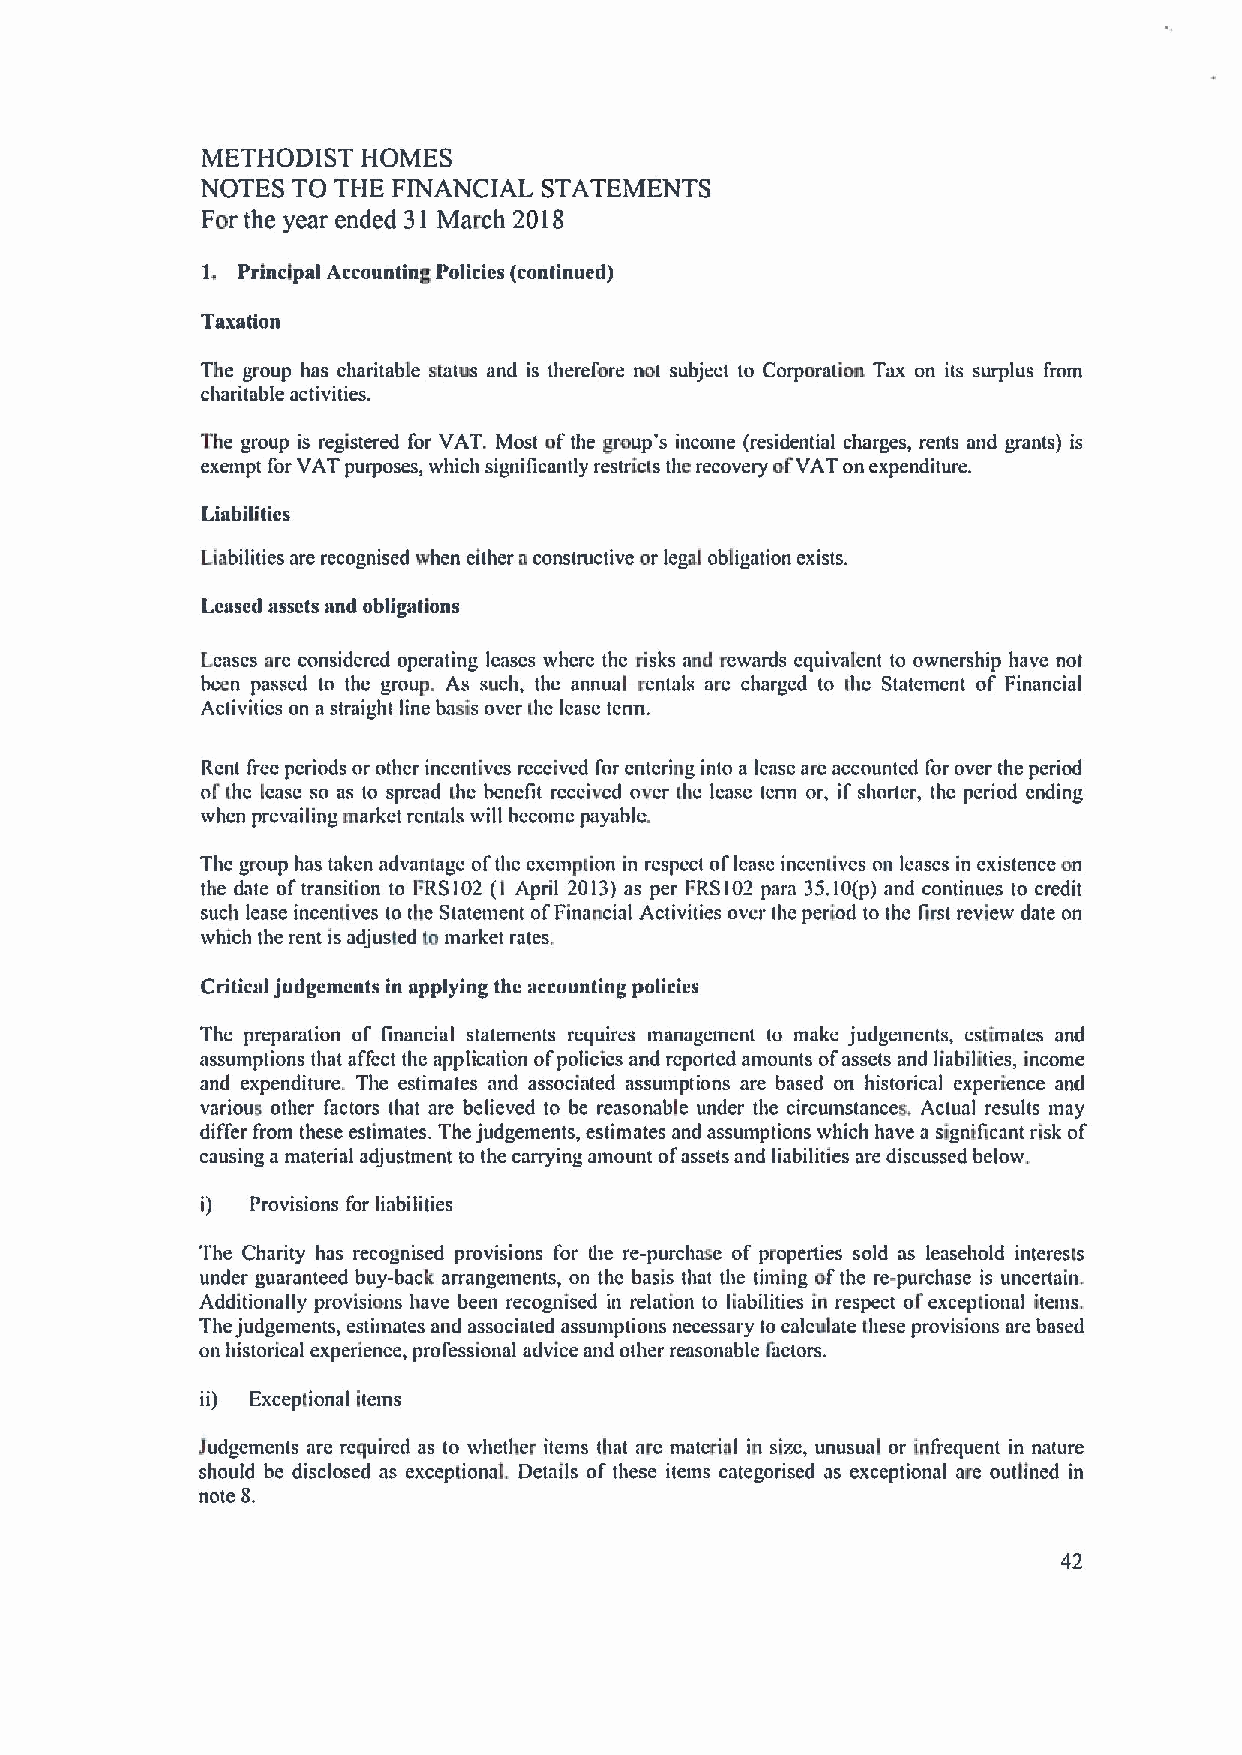
METHODIST  HOMES
 NOTES TO THE FINANCIAL STATEMENTS
 For the year ended 31 March 2018
 1. Principal Accounting Policies (continued)
 Taxation
 The group has charitable status and is therefore not subject to Corporation Tax on its surplus from
 charitable activities.
 The group is registered for VAT. Most ofthe group's income (residential charges, rents and grants) is
 exempt for VAT purposes, which significantly restricts the recovery ofVAT on expenditure.
 Liabilities
 Liabilities are recognised when either a constructive or legal obligation exists.
 Leased assets and obligations
 Leases are considered operating leases where the risks and rewards equivalent to ownership have not
 been passed to the group. As such, the annual rentals are charged to the Statement of Financial
 Activities on astraight line basis over the lease tenn.
 Rent free periods or other incentives received for entering into a lease are accounted for over the period
 ofthe lease so as to spread the benefit received over ihe lease tenn or, if shorter, the period ending
 when prevailing market renials will become payable.
 The group has taken advantage ofthe exempiion in respect ol'lease inceniives on leases in existence on
 the date ol' transition to FRS102 (1 April 2013)as per FRS102 para 35.10(p) and continues to credit
 such lease incentives to the Statement ofFinancial Activities over the period to the lirst review date on
 which the rent is adjusted to market rates.
 Critical judgements in applying the accounting policies
 The preparation of financial statements requires management to make judgements, estimates and
 assumptions that affect the application ofpolicies and reported amounts ofassets and liabilities, income
 and expenditure. The estimates and associated assumptions are based on historical experience and
 various other factors that are believed to be reasonable under the circumstances, Actual results may
 differ from these estimates. The judgements, estimates and assumptions which have a significant risk of
 causing a material adjustment to the carrying amount ofassets and liabilities are discussed below.
 i)  Provisions for liabilities
 The Charity has recognised provisions for die re-purchase of properties sold as leasehold interests
 under guaranteed buy-back arrangements, on the basis that the timing ofthe re-purchase is uncertain.
 Additionally provisions have been recognised in relation to liabilities in respect ofexceptional items.
 Thejudgements, estimates and associated assumptions necessary to calculate these provisions are based
 on historical experience, professional advice and other reasonable factors.
 ii) Exceptional items
 Judgements are required as to whether items that are material in size, unusual or infrequent in nature
 should be disclosed as exceptional. Details of these items categorised as exceptional are outlined in
 note 8.
 42